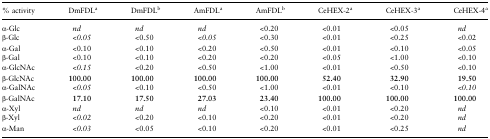
| % activity | DmFDLa | DmFDLb | AmFDLa | AmFDLb | CeHEX-2a | CeHEX-3a | CeHEX-4a |
 | --- | --- | --- | --- | --- | --- | --- | --- |
 | α-Glc | nd | nd | nd | <0.20 | <0.01 | <0.05 | nd |
 | β-Glc | <0.05 | <0.50 | <0.05 | <0.30 | <0.01 | <0.25 | <0.02 |
 | α-Gal | <0.10 | <0.10 | <0.20 | <0.50 | <0.01 | <0.10 | <0.05 |
 | β-Gal | <0.10 | <0.10 | <0.20 | <0.20 | <0.05 | <1.00 | <0.10 |
 | α-GlcNAc | <0.15 | <0.20 | <0.50 | <1.00 | <0.01 | <0.50 | <0.10 |
 | β-GlcNAc | 100.00 | 100.00 | 100.00 | 100.00 | 52.40 | 32.90 | 19.50 |
 | α-GalNAc | <0.05 | <0.10 | <0.50 | <1.00 | <0.01 | <0.10 | <0.10 |
 | β-GalNAc | 17.10 | 17.50 | 27.03 | 23.40 | 100.00 | 100.00 | 100.00 |
 | α-Xyl | nd | nd | nd | <0.10 | <0.01 | <0.20 | nd |
 | β-Xyl | <0.02 | <0.20 | <0.10 | <0.20 | <0.01 | <0.20 | nd |
 | α-Man | <0.03 | <0.05 | <0.10 | <0.20 | <0.01 | <0.25 | nd |